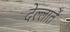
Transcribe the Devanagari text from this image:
देल्लार्ते